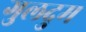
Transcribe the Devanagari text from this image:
गुलदुम